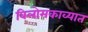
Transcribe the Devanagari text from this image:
विलोमकाव्यात